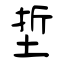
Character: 埑